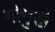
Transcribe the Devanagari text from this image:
गोमुखे